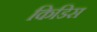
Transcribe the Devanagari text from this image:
किडिस